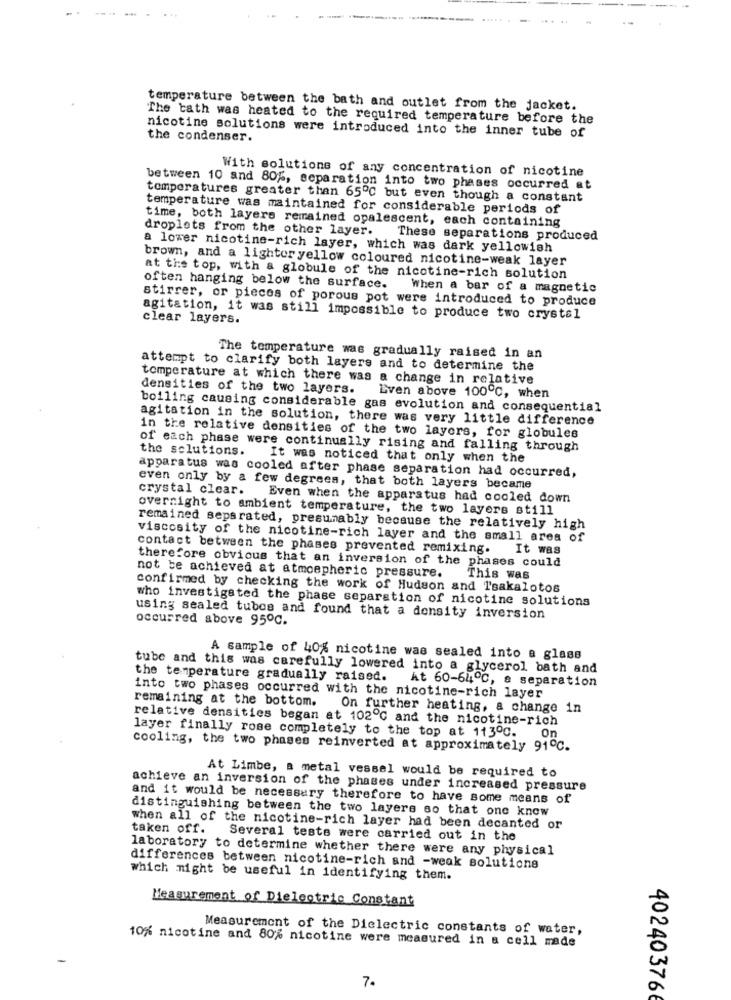
temperature between the bath and outlet from the jacket.
The tath was heated to the required temperature before the
nicotine solutions were introduced into the inner tube of
the condenser.
With solutions of any concentration of nicotine
between 10 and 80%, separation into two phases occurred at
temperatures greater than 65℃ but even though a constant
temperature was maintained for considerable periods of
time, both layers remained opalescent, each containing
droplets from the other layer. These separations produced
a lower nicotine-rich layer, which was dark yellowish
brown, and a lighter yellow coloured nicotine-weak layer
at the top, with & globule of the nicotine-rich solution
often hanging below the surface. When a bar of a magnetic
stirrer, or pieces of porous pot were introduced to produce
agitation, it was still impossible to produce two crystal
clear layers.
The temperature was gradually raised in an
attempt to clarify both layers and to determine the
temperature at which there was a change in relative
densities of the two layers.
Even above 100℃, when
boiling causing considerable gas evolution and consequential
agitation in the solution, there was very little difference
in the relative densities of the two layers, for globules
of each phase were continually rising and falling through
the solutions. It was noticed that only when the
apparatus was cooled after phase separation had occurred,
crystal clear.
even only by a few degrees, that both layers became
Even when the apparatus had cooled down
overnight to ambient temperature, the two layers still
remained separated, presumably because the relatively high
viscosity of the nicotine-rich layer and the small area of
contact between the phases prevented remixing.
It was
therefore obvious that an inversion of the phases could
not be achieved at atmospheric pressure.
This was
confirmed by checking the work of Hudson and Tsakalotos
who investigated the phase separation of nicotine solutions
using sealed tubos and found that a density inversion
occurred above 95℃.
A sample of 40% nicotine was sealed into a glass
tube and this was carefully lowered into a glycerol bath and
the temperature gradually raised.
At 60-64℃, & separation
into two phases occurred with the nicotine-rich layer
remaining at the bottom.
On further heating, a change in
relative densities began at 102℃ and the nicotine-rich
layer finally rose completely to the top at 113ºC.
On
cooling, the two phases reinverted at approximately 91℃.
At Limbe, a metal vessel would be required to
achieve an inversion of the phases under increased pressure
and it would be necessary therefore to have some means of
distinguishing between the two layers so that one know
when all of the nicotine-rich layer had been decanted or
taken off.
Several tests were carried out in the
laboratory to determine whether there were any physical
differences between nicotine-rich and -weak solutions
which might be useful in identifying them.
Measurement of Dielectric Constant
Measurement of the Dielectric constants of water,
10% nicotine and 80% nicotine were measured in a cell made
7.
402403766